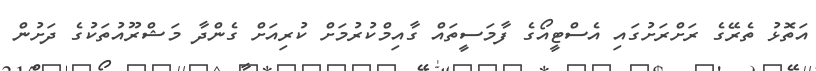
އަތޮޅު ތެރޭގެ ރަށްރަށުގައި އެސްޓީއޯގެ ފާމަސީތައް ގާއިމްކުރުމަށް ކުރިއަށް ގެންދާ މަޝްރޫއުތަކުގެ ދަށުން